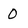
Character: 0